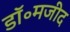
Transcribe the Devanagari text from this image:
डॉ॰मजीद